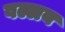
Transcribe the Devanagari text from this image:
वल्लब